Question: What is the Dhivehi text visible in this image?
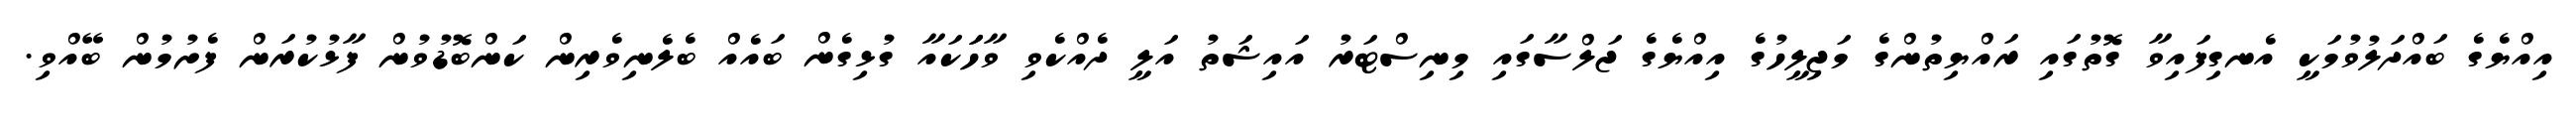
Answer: އިއްޔެގެ ބައްދަލުވުމަކީ އެނގިފައިވާ ގޮތުގައި ރައްޔިތުންގެ މަޖިލީހުގެ އިއްޔެގެ ޖަލްސާގައި މިނިސްޓަރު އައިޝަތު އަލީ ދެއްކެވި ވާހަަކައާ ގުޅިގެން ބައެއް ބެލެނިވެރިން ކަންބޮޑުވުން ފާޅުކުރަން ފެށުމުން ބޭއްވި.